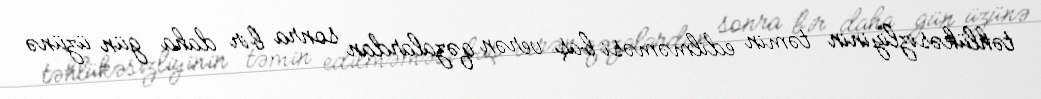
təhlükəsizliyinin təmin edilməməsi baş verən qəzalardan sonra bir daha gün üzünə